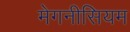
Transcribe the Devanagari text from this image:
मेगनीसियम